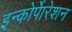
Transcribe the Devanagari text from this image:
इन्कोर्पाेरेशन